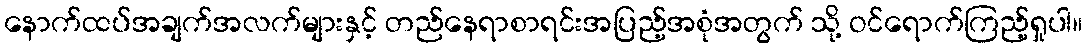
နောက်ထပ်အချက်အလက်များနှင့် တည်နေရာစာရင်းအပြည့်အစုံအတွက် သို့ ဝင်ရောက်ကြည့်ရှုပါ။